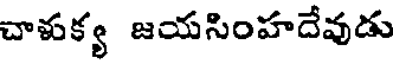
చాళుక్య జయసింహదేవుడు